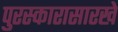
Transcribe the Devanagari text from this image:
पुरस्कारासारखे